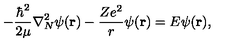
- \frac { \hbar ^ { 2 } } { 2 \mu } \nabla _ { N } ^ { 2 } \psi ( { \bf r } ) - \frac { Z e ^ { 2 } } { r } \psi ( { \bf r } ) = E \psi ( { \bf r } ) ,